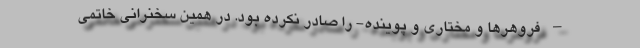
– فروهرها و مختاری و پوینده- را صادر نکرده بود. در همین سخنرانی خاتمی